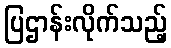
ပြဌာန်းလိုက်သည့်